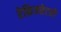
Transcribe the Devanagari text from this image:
रेफ्रिजरेटरों